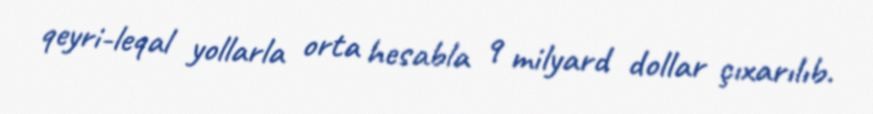
qeyri-leqal yollarla orta hesabla 9 milyard dollar çıxarılıb.